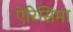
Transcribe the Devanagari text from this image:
ऐरिसिमा